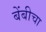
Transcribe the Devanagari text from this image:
बेंबीचा